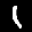
Label: 1